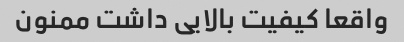
واقعا کیفیت بالایی داشت ممنون